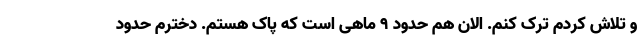
و تلاش کردم ترک کنم. الان هم حدود ۹ ماهی است که پاک هستم. دخترم حدود